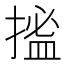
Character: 𢱮